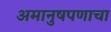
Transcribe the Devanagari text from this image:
अमानुषपणाचा